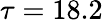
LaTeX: \tau=18.2